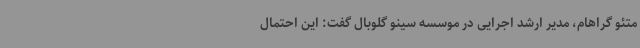
متئو گراهام، مدیر ارشد اجرایی در موسسه سینو گلوبال گفت: این احتمال